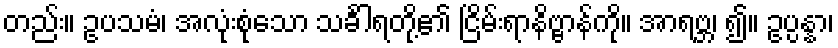
တည်း။ ဥပသမံ၊ အလုံးစုံသော သင်္ခါရတို့၏ ငြိမ်းရာနိဗ္ဗာန်ကို။ အာရဗ္ဘ၊ ၍။ ဥပ္ပန္နာ၊